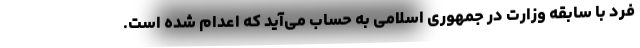
فرد با سابقه وزارت در جمهوری اسلامی به حساب می‌آید که اعدام شده است.